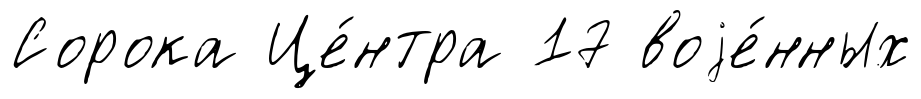
Сорока Це́нтра 17 воjе́нных